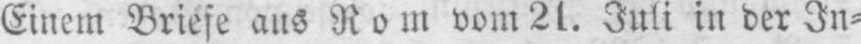
Einem Briefe aus Rom vom 21. Juli in der In⸗